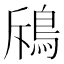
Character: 𩿪